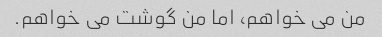
من می خواهم، اما من گوشت می خواهم.